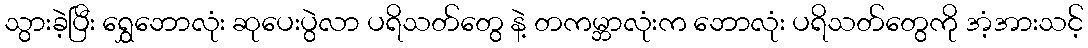
သွားခဲ့ပြီး ရွှေဘောလုံး ဆုပေးပွဲလာ ပရိသတ်တွေ နဲ့ တကမ္ဘာလုံးက ဘောလုံး ပရိသတ်တွေကို အံ့အားသင့်